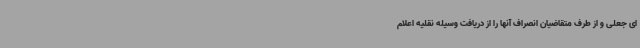
ای جعلی و از طرف متقاضیان انصراف آنها را از دریافت وسیله نقلیه اعلام